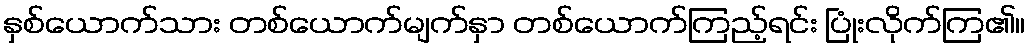
နှစ်ယောက်သား တစ်ယောက်မျက်နှာ တစ်ယောက်ကြည့်ရင်း ပြုံးလိုက်ကြ၏။